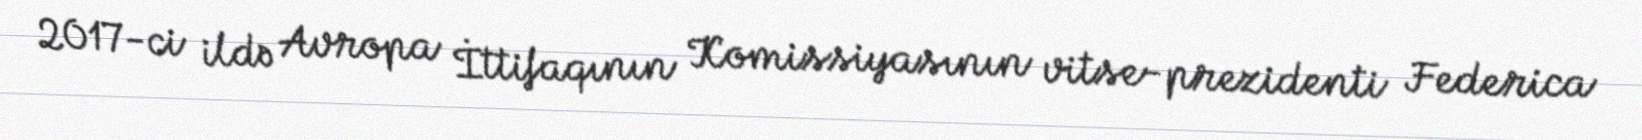
2017-ci ildə Avropa İttifaqının Komissiyasının vitse-prezidenti Federica